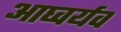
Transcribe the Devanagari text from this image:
आघ्वर्यव